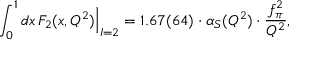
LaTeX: \int _ { 0 } ^ { 1 } d x \, F _ { 2 } ( x , Q ^ { 2 } ) \Big | _ { I = 2 } = 1 . 6 7 ( 6 4 ) \cdot \alpha _ { S } ( Q ^ { 2 } ) \cdot \frac { f _ { \pi } ^ { 2 } } { Q ^ { 2 } } ,